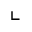
\llcorner